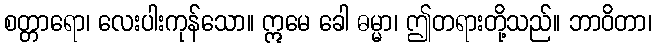
စတ္တာရော၊ လေးပါးကုန်သော။ ဣမေ ခေါ ဓမ္မာ၊ ဤတရားတို့သည်။ ဘာဝိတာ၊